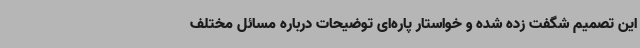
این تصمیم شگفت زده شده و خواستار پاره‌ای توضیحات درباره مسائل مختلف